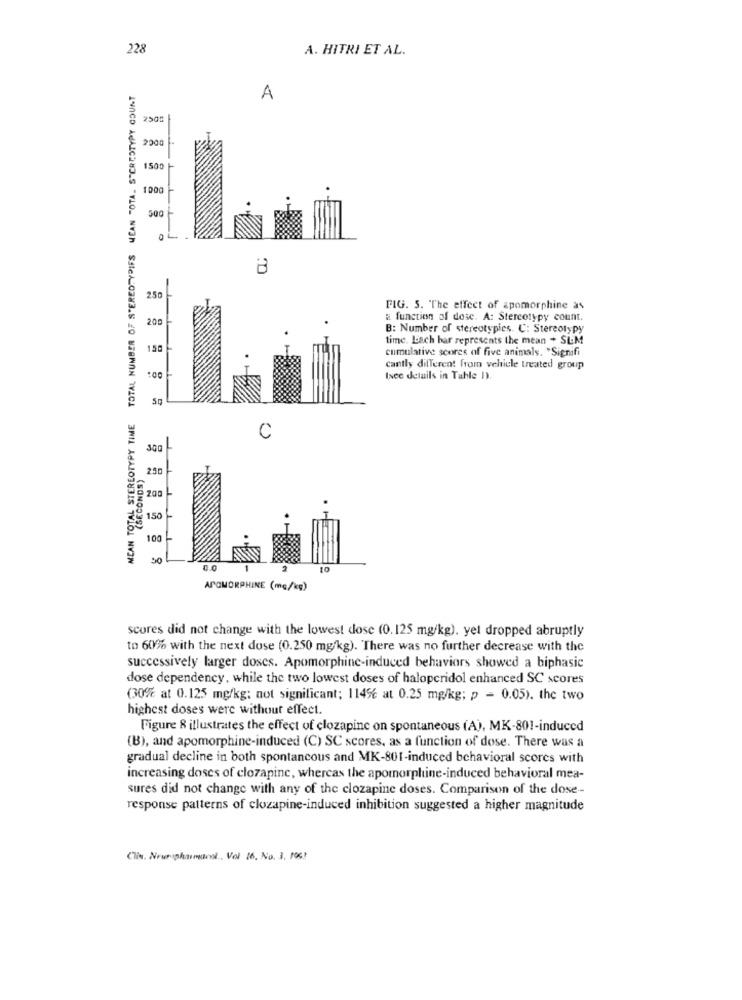
228
A. HITRI ET AL.
TOTAL NUMBER OF STEREOTYPIFS MEAN "OTA. STEREOTYPY COUNT
A
2500
1500
1000
500
O L.
8
250
FIG. 5. "The effect of apomorphine as
200
a function of dose. A: Stereotypy count.
B: Number of stereotypies. C: Stereotypy
time. Lach bar represents the mean + SLM
150
cumulative scores of five animals. "Signifi
cantly different from vehicle treated group
Isee details in Table D).
MEAN TOTAL STEREOTYPY TIME
C
(SECONDS)
250
200
150
100
50
10
APOMORPHINE (mg/kg)
scores did not change with the lowest dose (0.125 mg/kg), yel dropped abruptly
to 60% with the next dose (0.250 mg/kg). There was no further decrease with the
successively larger doses. Apomorphine-induced behaviors showed a biphasic
dose dependency, while the two lowest doses of haloperidol enhanced SC scores
(30% at 0.125 mg/kg; not significant; 1146 at 0.25 mg/kg; p = 0.05). the two
highest doses werc without effect.
Figure 8 illustrates the effect of clozapine on spontaneous (A), MK-801-induced
(B), and apomorphine-induced (C) SC scores, as a function of dose. There was a
gradual decline in both spontancous and MK-801-induced behavioral scores with
increasing doses of clozapine, whereas the apomorphine-induced behavioral mea-
sures did not change with any of the clozapine doses. Comparison of the dose-
response patterns of clozapine-induced inhibition suggested a higher magnitude
Clin. Nruriphumacol .. Vol 16, No. 3. 106?